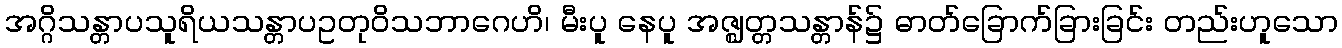
အဂ္ဂိသန္တာပသူရိယသန္တာပဥတုဝိသဘာဂေဟိ၊ မီးပူ နေပူ အဇ္ဈတ္တသန္တာန်၌ ဓာတ်ခြောက်ခြားခြင်း တည်းဟူသော